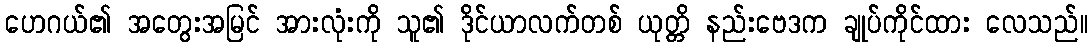
ဟေဂယ်၏ အတွေးအမြင် အားလုံးကို သူ၏ ဒိုင်ယာလက်တစ် ယုတ္တိ နည်းဗေဒက ချုပ်ကိုင်ထား လေသည်။